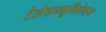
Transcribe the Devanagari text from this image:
टेलेकम्युनिकेशन